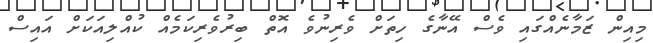
މިއިން ޒަމާނެއްގައި ވެސް އޭނާގެ ހިތަށް ވެރިނުވެ އޮތް ބިރުވެރިކަމެއް ކުއްލިއަކަށް އައިސް